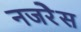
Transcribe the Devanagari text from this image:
नजरेेस